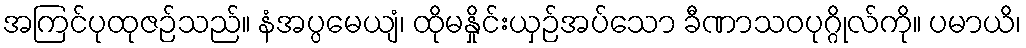
အကြင်ပုထုဇဉ်သည်။ နံအပ္ပမေယျံ၊ ထိုမနှိုင်းယှဉ်အပ်သော ခီဏာသဝပုဂ္ဂိုလ်ကို။ ပမာယိ၊